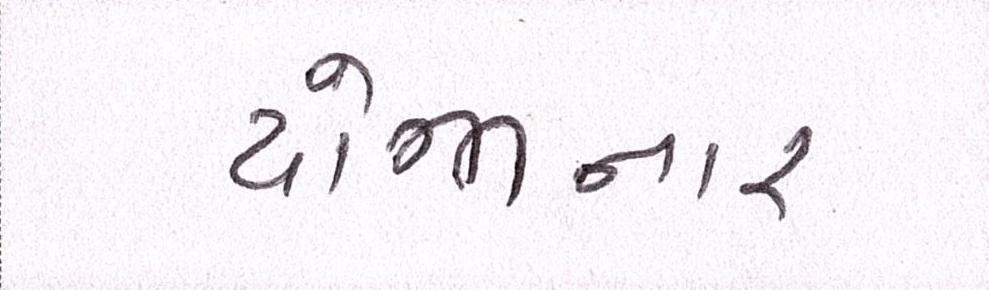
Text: યોજાનાર